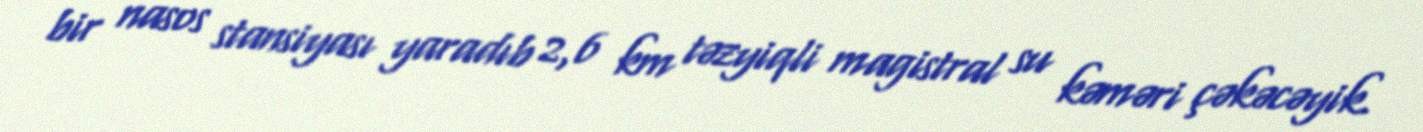
bir nasos stansiyası yaradıb 2,6 km təzyiqli magistral su kəməri çəkəcəyik.